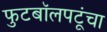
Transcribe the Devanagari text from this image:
फुटबॉलपटूंचा